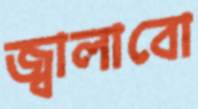
জ্বালাবো